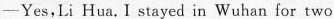
——Yes,Li Hua.I stayed in Wuhan for two